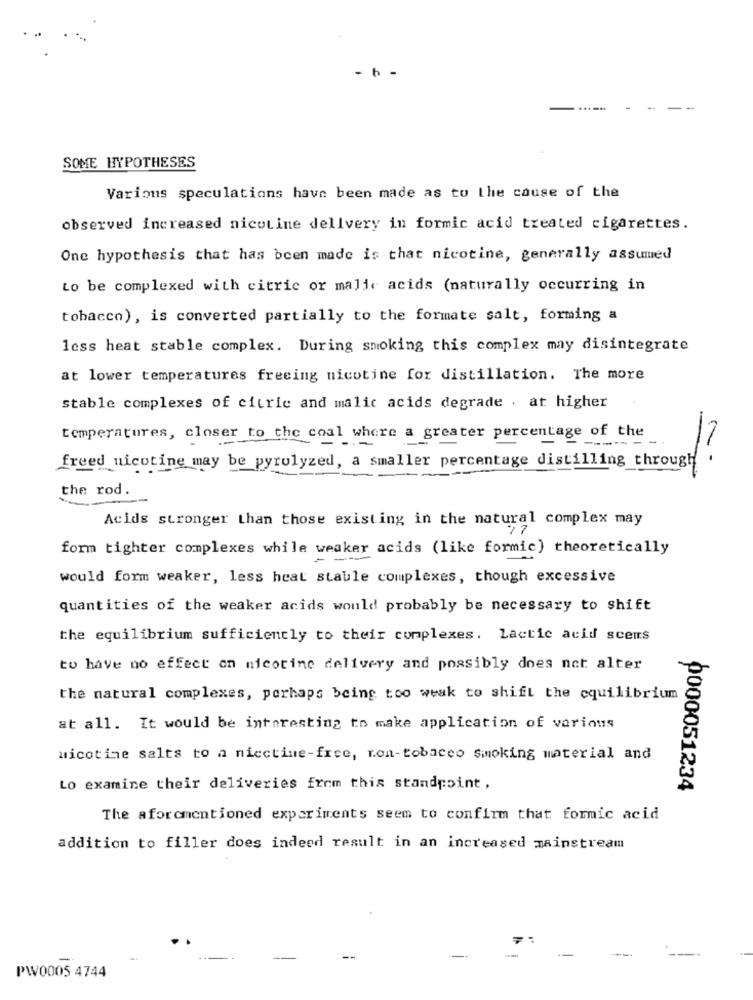
- 6 -
--.
SOME HYPOTHESES
Various speculations have been made as to the cause of the
observed increased nicotine dellvery in formic acid treated cigarettes.
One hypothesis that has been made is that nicotine, generally assumed
to be complexed with citric or mali, acids (naturally occurring in
tobacco), is converted partially to the formate salt, forming a
less heat stable complex. During smoking this complex may disintegrate
at lower temperatures freeing nicotine for distillation. The more
stable complexes of citric and malic acids degrade . at higher
temperatures, closer to the coal where a greater percentage of the
-.-
freed nicotine may be pyrolyzed, a smaller percentage distilling through
the rod.
Acids stronger than those existing in the natural complex may
form tighter complexes while weaker acids (like formic) theoretically
would form weaker, less heat stable complexes, though excessive
quantities of the weaker acids would probably be necessary to shift
the equilibrium sufficiently to their complexes. Lactic acid scens
to have no effect on nicotine delivery and possibly does not alter
the natural complexes, porhaps being too weak to shift the equilibrium
at all. It would be interesting to make application of various
nicotine salts to a nicctine-free, non-tobacco smoking material and
Lo examine their deliveries frem this standpoint ,
0000051234
The aforementioned experiments seem to confirm that formic acid
addition to filler does indeed result in an increased mainstream
PW0005 4744